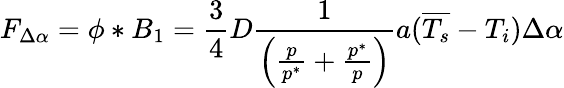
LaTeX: F_{\Delta\alpha}=\phi*B_{1}=\frac{3}{4}D\frac{1}{\left(\frac{p}{p^{*}}+\frac{p^{*}}{p}\right)}a(\overline{{T_{s}}}-T_{i})\Delta\alpha